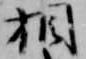
相